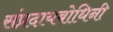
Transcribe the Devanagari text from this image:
संप्रदायबोधिनी